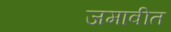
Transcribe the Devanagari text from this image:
जमावीत